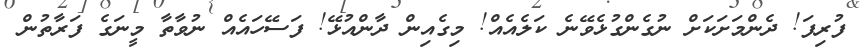
ފުރިފަ! ދެންމަށަކަށް ނުގެންގުޅެވޭނެ ކަލެއެއް! މިގެއިން ދާންއުޅޭ! ފަސޭހައެއް ނުވާތާ މީނަގެ ފަރާތުން